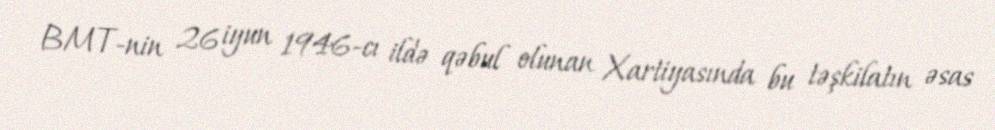
BMT-nin 26 iyun 1946-cı ildə qəbul olunan Xartiyasında bu təşkilatın əsas